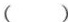
( )